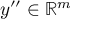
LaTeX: y ^ { \prime \prime } \in \mathbb { R } ^ { m }